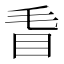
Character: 𥄥